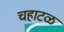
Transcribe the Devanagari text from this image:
चहाटळ